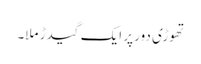
تھوڑی دور پر ایک گیدڑ ملا۔